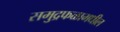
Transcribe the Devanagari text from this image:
समुद्रफळामधील